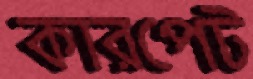
কারপেট